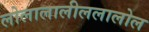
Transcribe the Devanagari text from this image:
लोलालालीललालोल